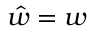
\hat { w } = w